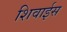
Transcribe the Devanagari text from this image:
शिवाईस